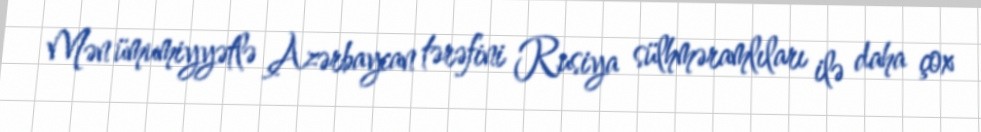
Mən ümumiyyətlə Azərbaycan tərəfini Rusiya sülhməramlıları ilə daha çox